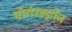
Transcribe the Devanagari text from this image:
बौर्गउइग्नोंन